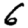
Digit: 6